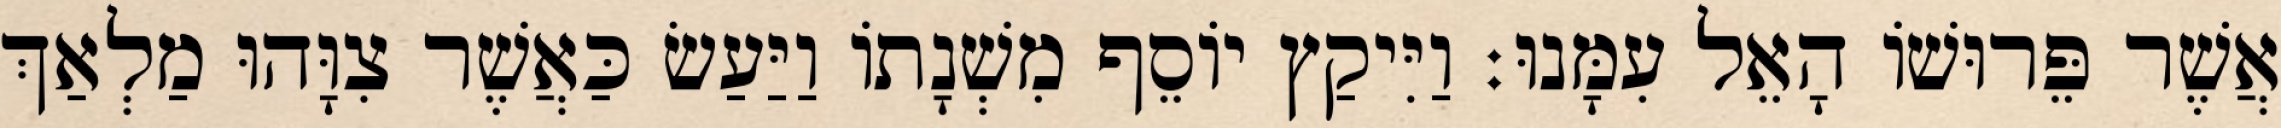
אֲשֶׁר פֵּרוּשׁוֹ הָאֵל עִמָּנוּ׃ וַיִּיקַץ יוֹסֵף מִשְׁנָתוֹ וַיַּעַשׂ כַּאֲשֶׁר צִוָּהוּ מַלְאַךְ